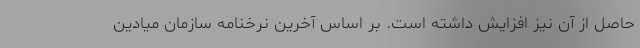
حاصل از آن نیز افزایش داشته است. بر اساس آخرین نرخنامه سازمان میادین